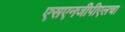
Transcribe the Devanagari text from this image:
एसएनजीपीएलचा